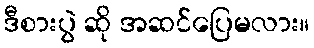
ဒီစားပွဲ ဆို အဆင်ပြေမလား။